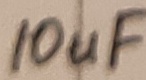
Text: 10uF